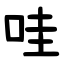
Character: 哇